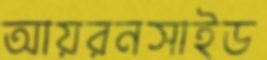
আয়রনসাইড